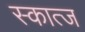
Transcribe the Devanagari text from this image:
स्कात्ज